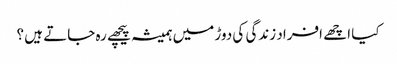
کیا اچھے افراد زندگی کی دوڑ میں ہمیشہ پیچھے رہ جاتے ہیں ؟